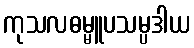
ကုသလဓမ္မူပသမ္ပဒါယ